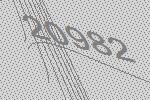
20982